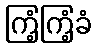
ကြံ့ကြံ့ခံ